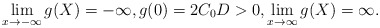
\begin{align*}\lim_{x\to -\infty} g(X) =-\infty, g(0)= 2C_0D>0, \lim_{x\to\infty}g(X)=\infty.\end{align*}